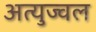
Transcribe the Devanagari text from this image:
अत्युज्वल